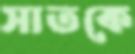
সাতকে